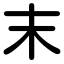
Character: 末